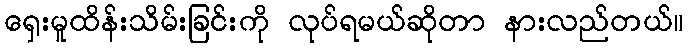
ရှေးမူထိန်းသိမ်းခြင်းကို လုပ်ရမယ်ဆိုတာ နားလည်တယ်။